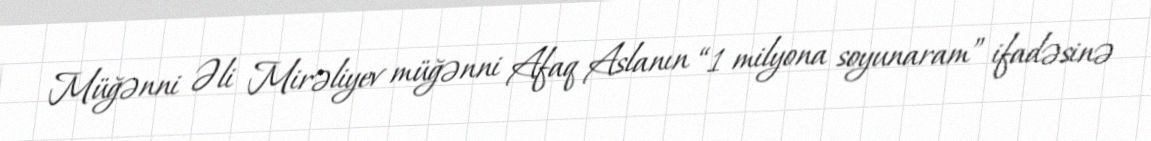
Müğənni Əli Mirəliyev müğənni Afaq Aslanın “1 milyona soyunaram” ifadəsinə